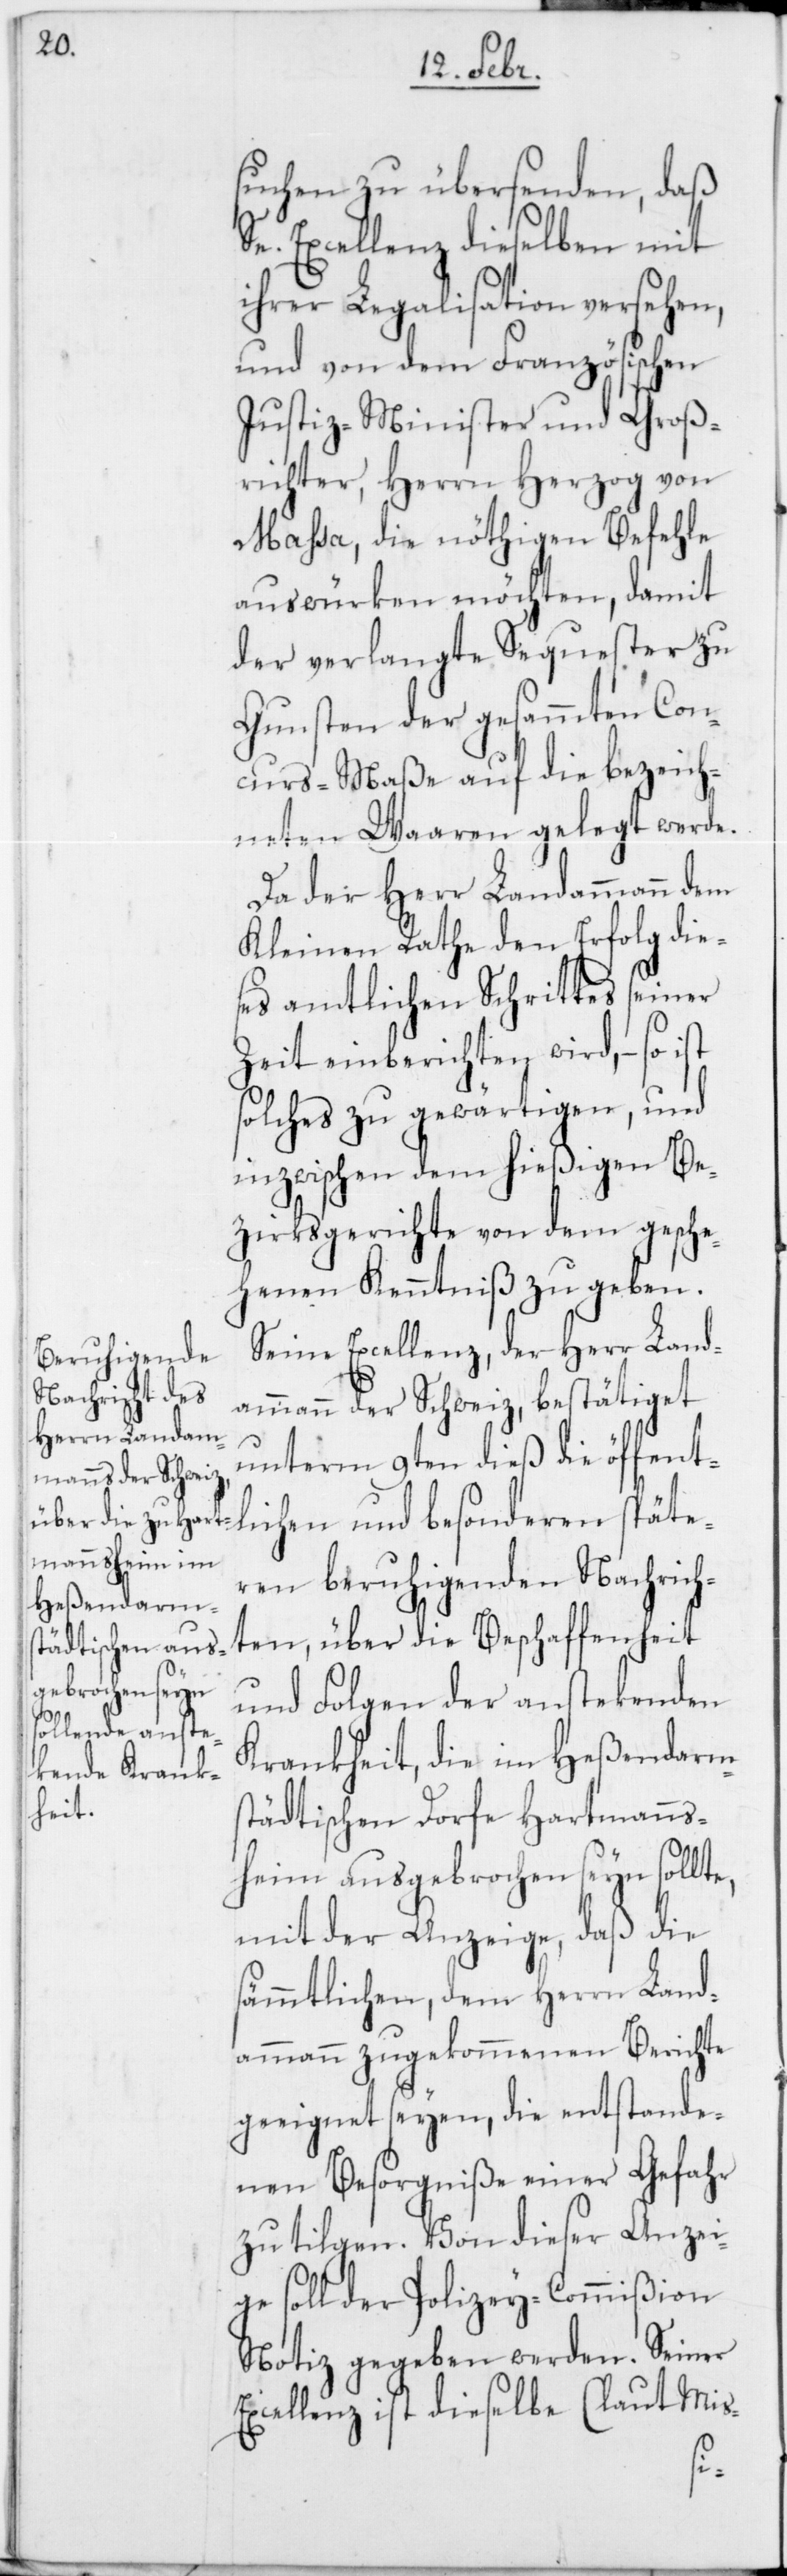
suchen zu übersenden, daß
e. Excellenz dieselben mit
ihrer Legalisation versehen,
und von dem Französischen
Justiz-Minister und Groß¬
richter, Herrn Herzog von
Massa, die nöthigen Befehle
auswürken möchten, damit
der verlangte Sequester zu
Gunsten der gesammten Con¬
curs-Maße auf die bezeich¬
neten Waaren gelegt werde.
Da der Herr Landammann dem
Kleinen Rathe den Erfolg die¬
ses amtlichen Schrittes seiner
Zeit einberichten wird, – so ist
solches zu gewärtigen, und
inzwischen dem hießigen Be¬
zirksgerichte von dem gesche¬
henen Kenntniß zu geben.
Seine Excellenz, der Herr Land¬
ammann der Schweiz, bestätiget
unterm 9ten dieß die öffent¬
lichen und besonderen späte¬
ren beruhigenden Nachrich¬
ten, über die Beschaffenheit
und Folgen der anstekenden
Krankheit, die im Heßendarms¬
tädtischen Dorfe Hartmanns¬
heim ausgebrochen seyn sollte,
mit der Anzeige, daß die
sämmtlichen, dem Herrn Land¬
ammann zugekommenen Berichte
geeignet seyen, die entstande¬
nen Besorgniße einer Gefahr
zu tilgen. Von dieser Anzei¬
ge soll der Polizei-Commißion
Notiz gegeben werden. Seiner
Excellenz ist dieselbe (laut Mis-
S¬